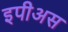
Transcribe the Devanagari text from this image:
इपीअस